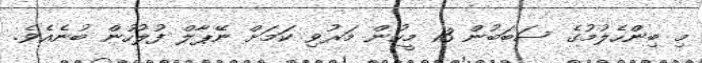
މި ބިންހެލުމުގެ ސަބަބުން 13 މީހުން މަރުވި ކަމަށް ނޭޕާލް ފުލުހުން ބުނެއެވެ.